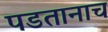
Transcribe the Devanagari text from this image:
पडतानाच